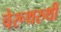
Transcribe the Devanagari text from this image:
चेरूथरुथी